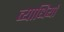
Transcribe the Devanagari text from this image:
व्‍याधियां